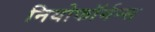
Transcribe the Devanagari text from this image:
नियोफॉर्मन्स